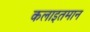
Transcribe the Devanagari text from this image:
कलाइतमान